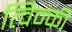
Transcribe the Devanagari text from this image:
त्विन्की